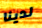
لدينا